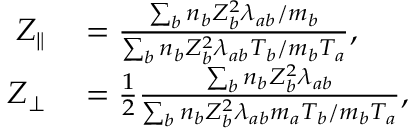
\begin{array} { r l } { Z _ { \parallel } } & { { } = \frac { \sum _ { b } n _ { b } Z _ { b } ^ { 2 } \lambda _ { a b } / m _ { b } } { \sum _ { b } n _ { b } Z _ { b } ^ { 2 } \lambda _ { a b } T _ { b } / m _ { b } T _ { a } } , } \\ { Z _ { \perp } } & { { } = \frac { 1 } { 2 } \frac { \sum _ { b } n _ { b } Z _ { b } ^ { 2 } \lambda _ { a b } } { \sum _ { b } n _ { b } Z _ { b } ^ { 2 } \lambda _ { a b } m _ { a } T _ { b } / m _ { b } T _ { a } } , } \end{array}